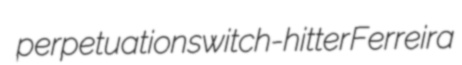
perpetuation switch-hitter Ferreira